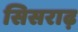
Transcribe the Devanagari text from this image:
सिसराढ़